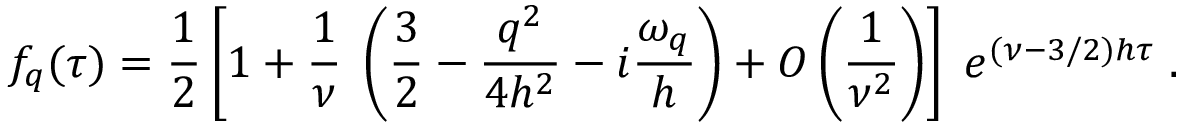
f _ { q } ( \tau ) = \frac 1 2 \left[ 1 + \frac { 1 } { \nu } \; \left( \frac 3 2 - { \frac { q ^ { 2 } } { 4 h ^ { 2 } } } - i { \frac { \omega _ { q } } { h } } \right) + { \cal O } \left( \frac 1 { \nu ^ { 2 } } \right) \right] \; e ^ { ( \nu - 3 / 2 ) h \tau } \; .